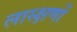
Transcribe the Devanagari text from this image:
लास्क्षणों